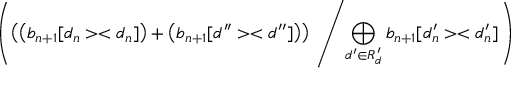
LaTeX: \left( \left( \left( b _ { n + 1 } [ d _ { n } > < d _ { n } ] \right) + \left( b _ { n + 1 } [ d ^ { \prime \prime } > < d ^ { \prime \prime } ] \right) \right) \; \left/ \bigoplus _ { d ^ { \prime } \in R _ { d } ^ { \prime } } b _ { n + 1 } [ d _ { n } ^ { \prime } > < d _ { n } ^ { \prime } ] \right. \right)